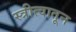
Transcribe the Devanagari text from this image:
स्त्रीत्वातून